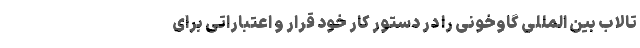
تالاب بین المللی گاوخونی را در دستور کار خود قرار و اعتباراتی برای